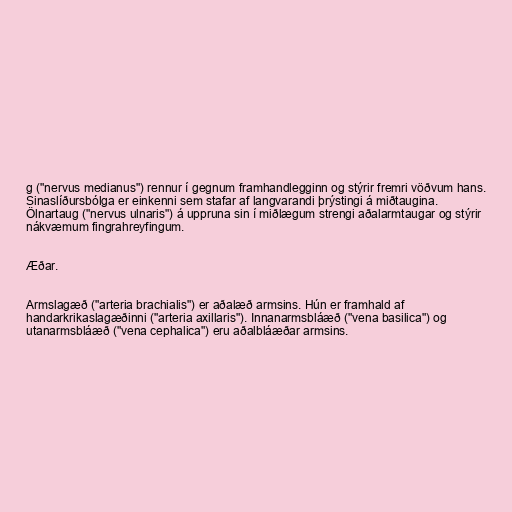
g ("nervus medianus") rennur í gegnum framhandlegginn og stýrir fremri vöðvum hans.
Sinaslíðursbólga er einkenni sem stafar af langvarandi þrýstingi á miðtaugina.
Ölnartaug ("nervus ulnaris") á uppruna sin í miðlægum strengi aðalarmtaugar og stýrir
nákvæmum fingrahreyfingum.

Æðar.

Armslagæð ("arteria brachialis") er aðalæð armsins. Hún er framhald af
handarkrikaslagæðinni ("arteria axillaris"). Innanarmsbláæð ("vena basilica") og
utanarmsbláæð ("vena cephalica") eru aðalbláæðar armsins.